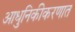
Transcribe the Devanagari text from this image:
आधुनिकीकरणात